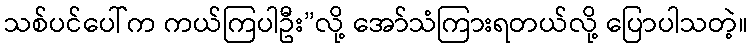
သစ်ပင်ပေါ်က ကယ်ကြပါဦး”လို့ အော်သံကြားရတယ်လို့ ပြောပါသတဲ့။